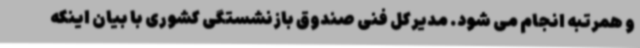
و همرتبه انجام می شود. مدیرکل فنی صندوق بازنشستگی کشوری با بیان اینکه